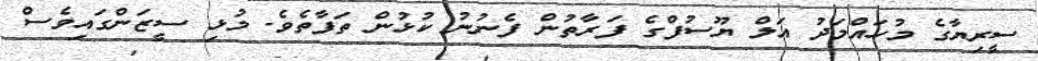
ސީރިޔާގެ މުހައްމަދު އަލް ޔޫސުފްގެ ފަރާތުން ފެނުނު ކުޅުން ތަފާތެވެ. މުޅި ސީޒަންގައިވެސް